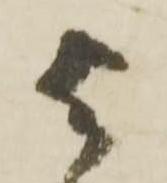
与